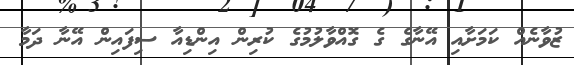
ޒުވާނެއް ކަމަށާއި އޭނާގެ ގެ ގޮއްވާލުމުގެ ކުރިން އިންޑިއާ ސިފައިން އޭނާ ދަމާ